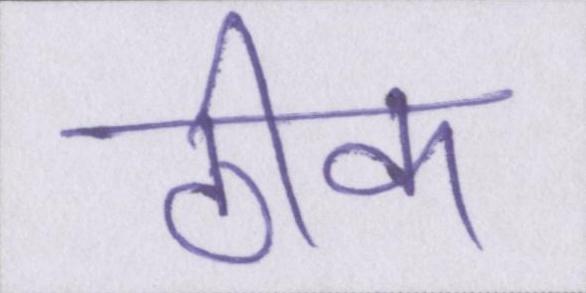
ठीक